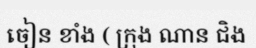
ចៀន ខាំង ( ក្រុង ណាន ជិង